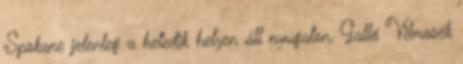
Spokane jelenleg a hetedik helyen áll nyugaton. Galló Vilmosék